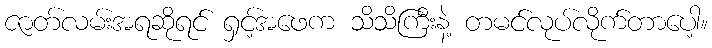
ဇာတ်လမ်းအရဆိုရင် ရှင့်အဖေက သိသိကြီးနဲ့ တမင်လုပ်လိုက်တာပေါ့။